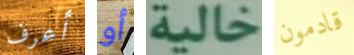
أعرف أو خالية قادمون